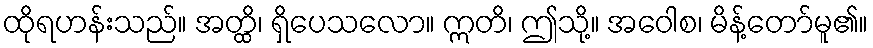
ထိုရဟန်းသည်။ အတ္ထိ၊ ရှိပေသလော။ ဣတိ၊ ဤသို့။ အဝေါစ၊ မိန့်တော်မူ၏။